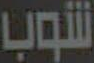
شوب